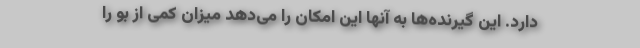
دارد. این گیرنده‌ها به آنها این امکان را می‌دهد میزان کمی از بو را